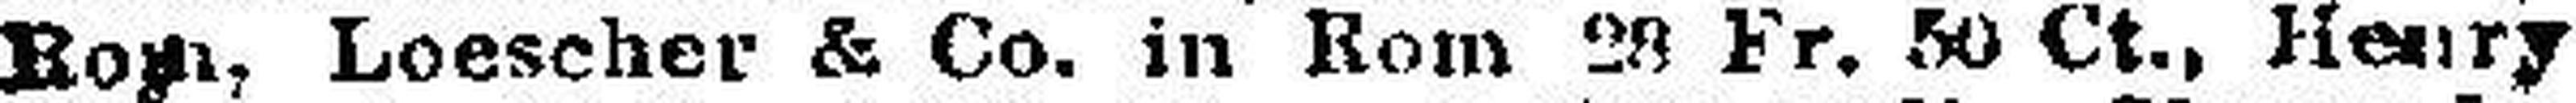
Rom, Loescher & Co. in Rom 28 Fr. 50 Ct., Henry